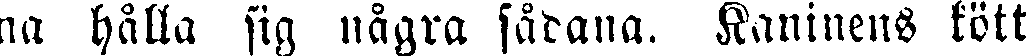
na hålla sig några sådana. Kaninens kött